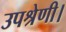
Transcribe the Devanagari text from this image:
उपश्रेणी।